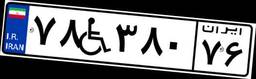
۱۹W۴۰۹۸۸